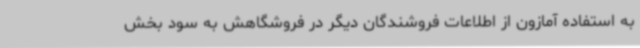
به استفاده آمازون از اطلاعات فروشندگان دیگر در فروشگاهش به سود بخش